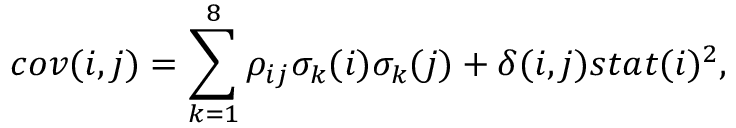
c o v ( i , j ) = \sum _ { k = 1 } ^ { 8 } \rho _ { i j } \sigma _ { k } ( i ) \sigma _ { k } ( j ) + \delta ( i , j ) s t a t ( i ) ^ { 2 } ,